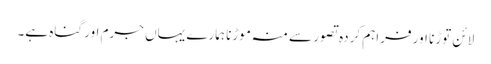
لائن توڑنا اور فراہم کردہ تصور سے منہ موڑنا ہمارے یہاں جرم اور گناہ ہے۔